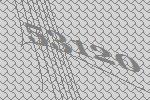
53120